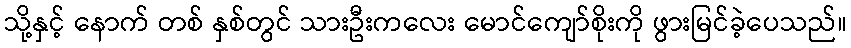
သို့နှင့် နောက် တစ် နှစ်တွင် သားဦးကလေး မောင်ကျော်စိုးကို ဖွားမြင်ခဲ့ပေသည်။